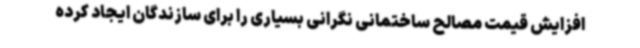
افزایش قیمت مصالح ساختمانی نگرانی بسیاری را برای سازندگان ایجاد کرده